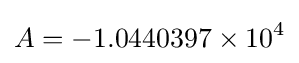
A=-1.0440397\times 10^{4}